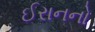
ઈરાનનો